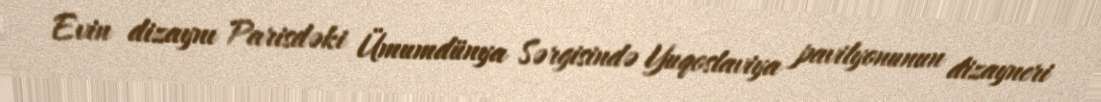
Evin dizaynı Parisdəki Ümumdünya Sərgisində Yuqoslaviya pavilyonunun dizayneri